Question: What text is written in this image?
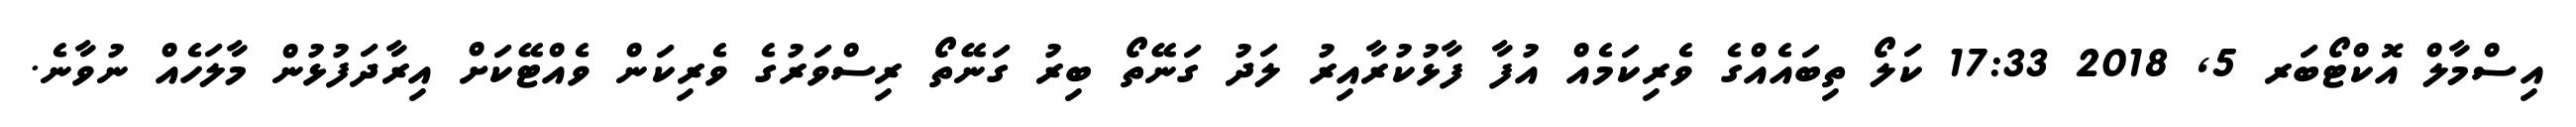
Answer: އިސްމާލް އޮކްޓޯބަރ 5, 2018 17:33 ކަލޯ ތިބައެއްގެ ވެރިކަމެއް އުފާ ފާޅުކުރާއިރު ލަދު ގަނޭތޯ ބިރު ގަނޭތޯ ރިސްވަރުގެ ވެރިކަން ވެއްޓޭކަށް އިރާދަފުޅުން މާލަހެއް ނުވާނެ.